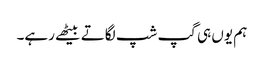
ہم یوں ہی گپ شپ لگاتے بیٹھے رہے۔